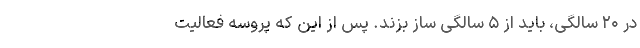
در ۲۰ سالگی، باید از ۵ سالگی ساز بزند. پس از این که پروسه فعالیت